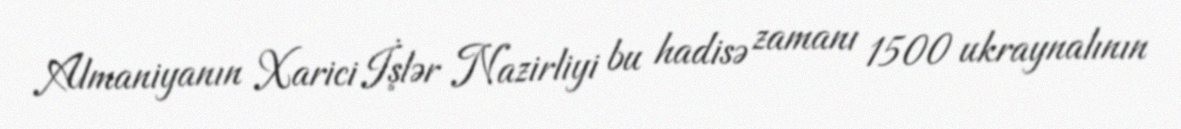
Almaniyanın Xarici İşlər Nazirliyi bu hadisə zamanı 1500 ukraynalının